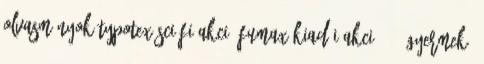
olvasmányok Typotex sci-fi akció Fumax kiadói akció 35% Gyermek-